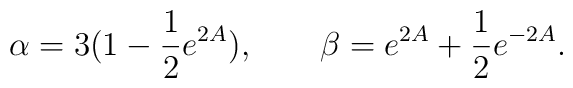
{\alpha = 3(1-\frac{1}{2}e^{2A}), \qquad \beta = e^{2A}+\frac{1}{2}e^{-2A}.}